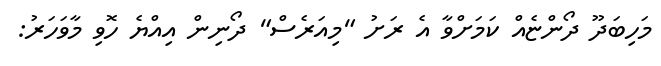
މަހިބަދޫ ދޯންޏެއް ކަމަށްވާ އެ ރަށު "މިއަރެސް" ދޯނިން އިއްޔެ ހޮވި މާވަހަރު: